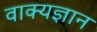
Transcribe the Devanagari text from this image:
वाक्यज्ञान